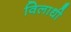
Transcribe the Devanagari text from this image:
विलाधी